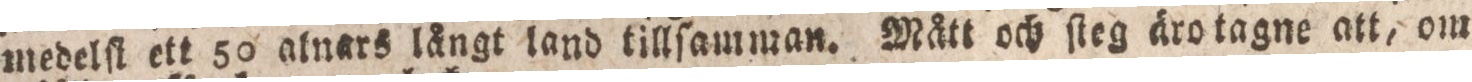
medelſt ett 50 alnars långt land tillſamman. Mått och ſleg äro tagne att, om